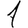
Digit: 1